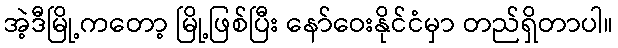
အဲ့ဒီမြို့ကတော့ မြို့ဖြစ်ပြီး နော်ဝေးနိုင်ငံမှာ တည်ရှိတာပါ။